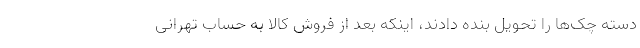
دسته چک‌ها را تحویل بنده دادند، اینکه بعد از فروش کالا به حساب تهرانی